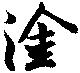
塗